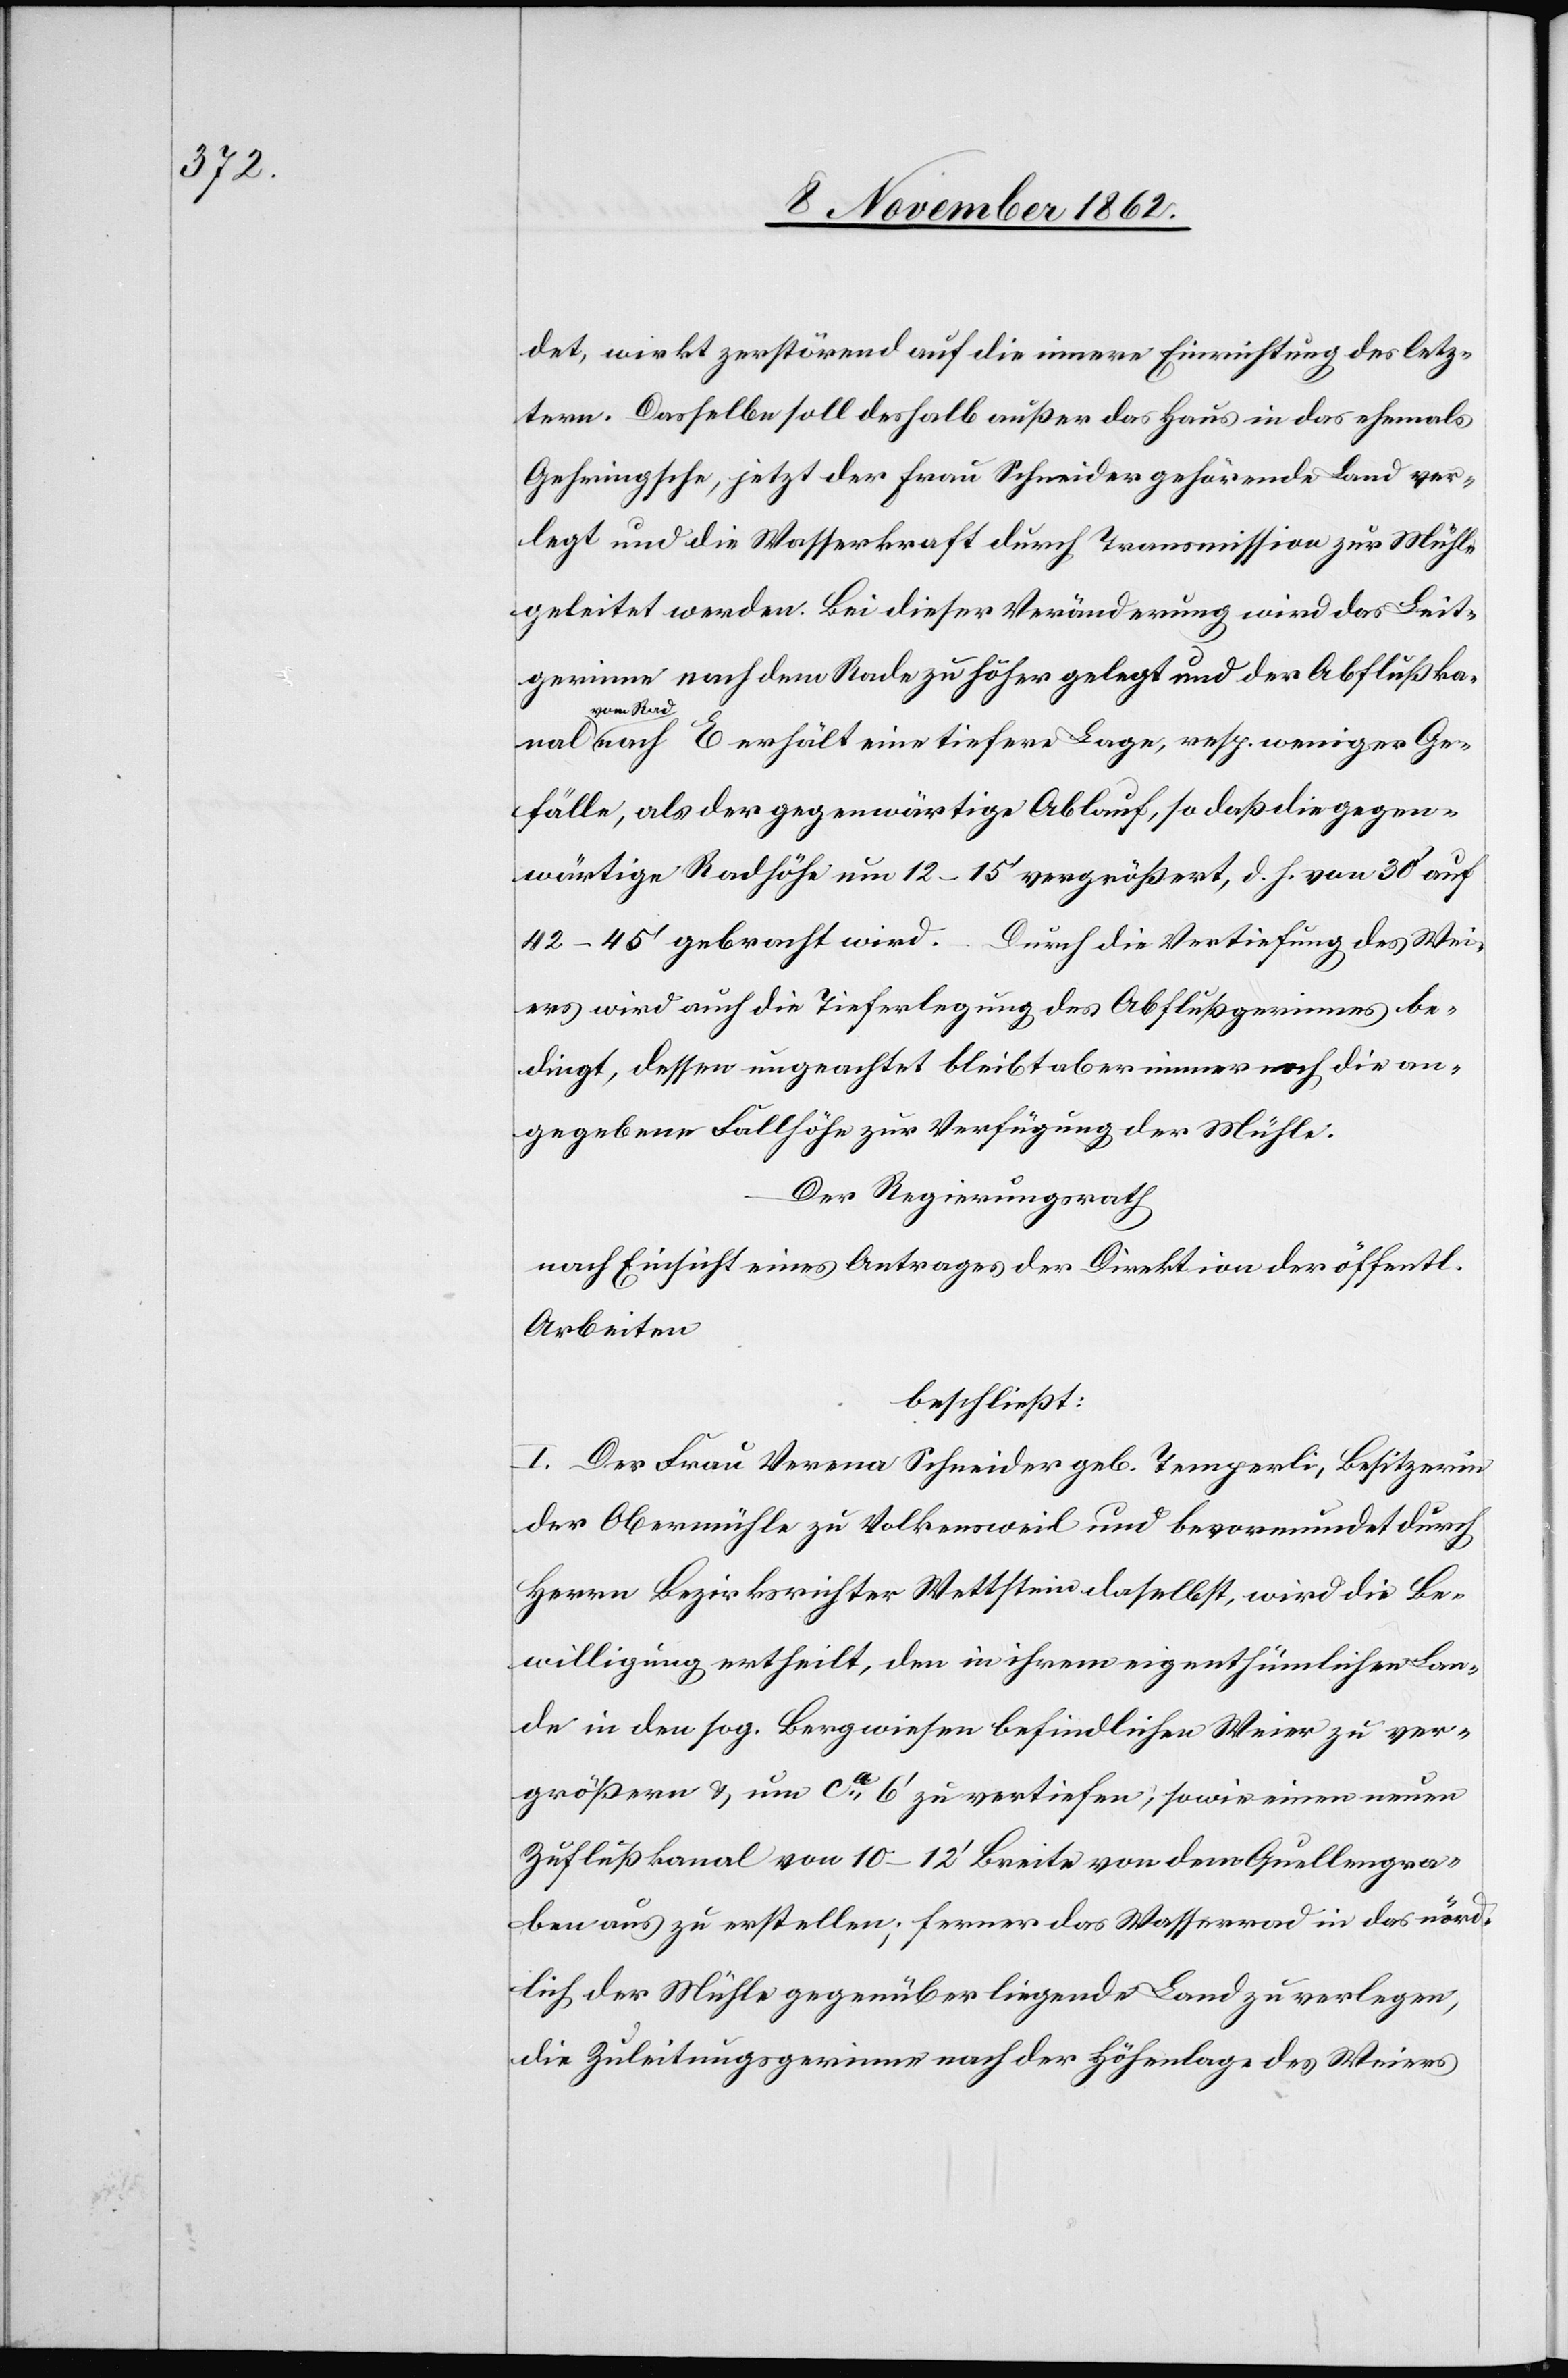
det, wirkt zerstörend auf die innere Einrichtung des letz¬
tern. Dasselbe soll deshalb außer das Haus in das ehemals
Gehringsche, jetzt der Frau Schneider gehörende Land ver¬
legt und die Wasserkraft durch Transmission zur Mühle
geleitet werden. Bei dieser Veränderung wird das Leit¬
gerinne nach dem Rade zu höher gelegt und der Abflußkanal
vom Rad
nach E erhält eine tiefere Lage, resp. weniger Ge¬
fälle, als der gegenwärtige Ablauf, so daß die gegen¬
wärtige Radhöhe um 12–15’ vergrößert, d. H. von 30’ auf
42–45’ gebracht wird. Durch die Vertiefung des Wei¬
ers wird auch die Tieferlegung des Abflußgerinnes be¬
dingt, dessen ungeachtet bleibt aber immer noch die an¬
gegebene Fallhöhe zur Verfügung der Mühle.
Der Regierungsrath
nach Einsicht eines Antrages der Direktion der öffentl.
Arbeiten
beschließt:
I. Der Frau Verena Schneider geb. Temperli, Besitzerin
der Obermühle zu Volkensweil und bevormundet durch
Herrn Bezirksrichter Wettstein daselbst, wird die Be¬
willigung ertheilt, den in ihrem eigethümlichen Lan¬
de in den sog. Bergwiesen befindlichen Weier zu ver¬
größern u. um ca 6’ zu vertiefen, sowie einen neuen
Zuflußkanal von 10–12’ Breite von dem Quellengra¬
ben aus zu erstellen; ferner das Wasserrad in das nörd¬
lich der Mühle gegenüber liegende Land zu verlegen,
die Zuleitungsgerinne nach der Höhenlage des Weiers